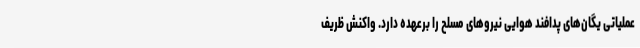
عملیاتی یگان‌های پدافند هوایی نیروهای مسلح را برعهده دارد. واکنش ظریف